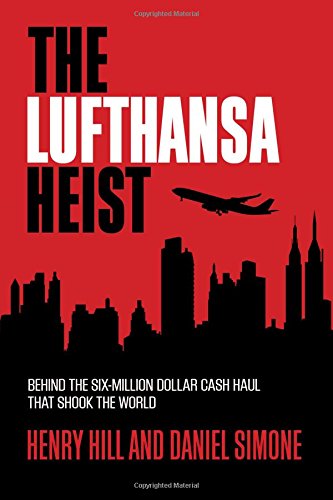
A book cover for The Lufthansa Heist: Behind the Six-Million-Dollar Cash Haul That Shook the World; Henry Hill; Biographies & Memoirs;